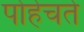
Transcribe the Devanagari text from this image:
पोहेचते